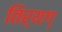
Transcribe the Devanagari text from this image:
तिर्यग्